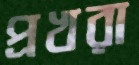
প্রখরা